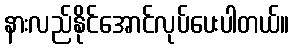
နားလည်နိုင်အောင်လုပ်ပေးပါတယ်။